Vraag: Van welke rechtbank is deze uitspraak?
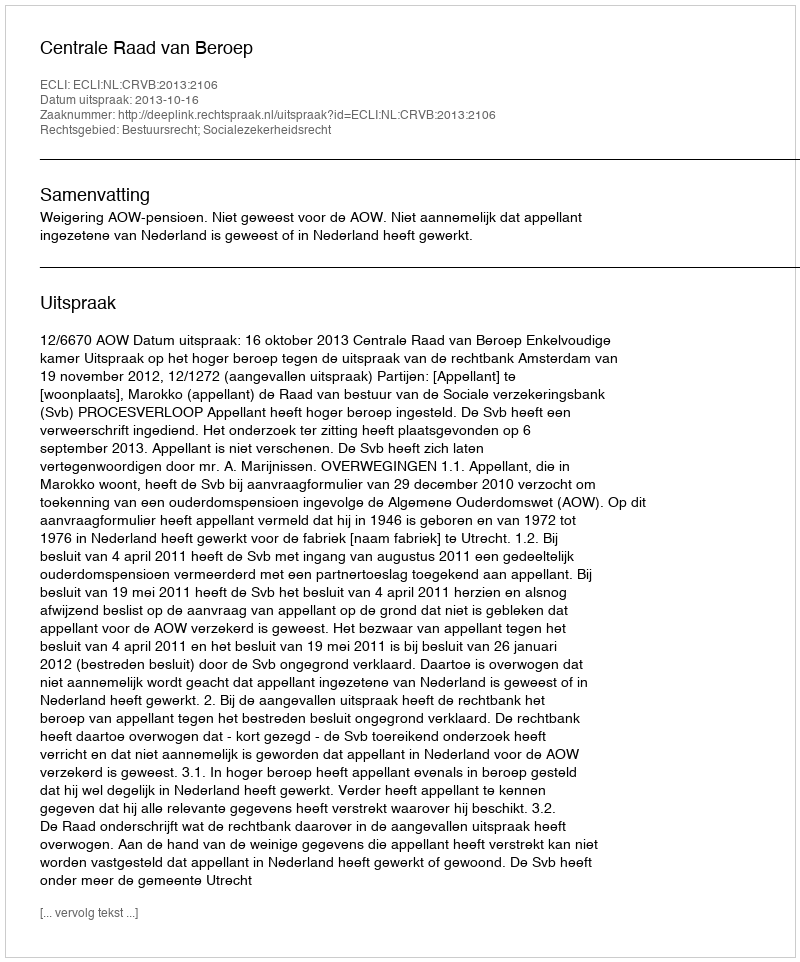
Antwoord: Centrale Raad van Beroep